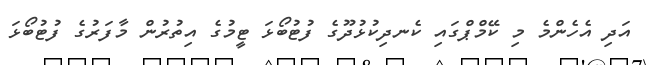
އަދި އެހެންމެ މި ކޭމްޕްގައި ކެނދިކުޅުދޫގެ ފުޓުބޯޅަ ޓީމުގެ އިތުރުން މާފަރުގެ ފުޓުބޯޅަ